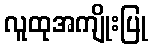
လူထုအကျိုးပြု